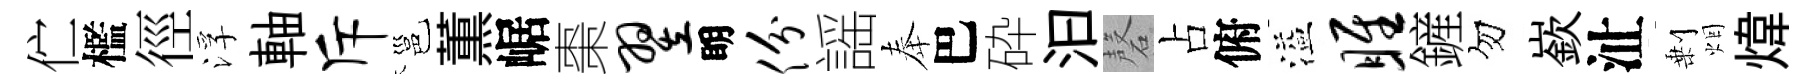
伫檻徑浮軸斥邕薫崌棗翌眀份謡奉巴砕汩磬占俯溢雎鏟勿嶔沚剰烟煒